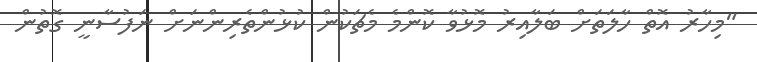
"މިހާރު އޮތް ހާލަތަށް ބަލާއިރު މޮޅުވާ ކޮންމެ މެޗަކުން ކުޅުންތެރިންނަށް ނަފުސާނީ ގޮތުން